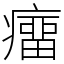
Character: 癅